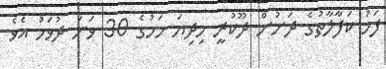
ފަހު ކަފާލާތުގެ ދަށުން ދޫކުރީ މިދިޔަ މަހުގެ 30 ވަނަ ދުވަހު އެވެ.